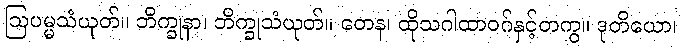
ဩပမ္မသံယုတ်။ ဘိက္ခုနာ၊ ဘိက္ခုသံယုတ်။ တေန၊ ထိုသဂါထာဝဂ်နှင့်တကွ။ ဒုတိယော၊